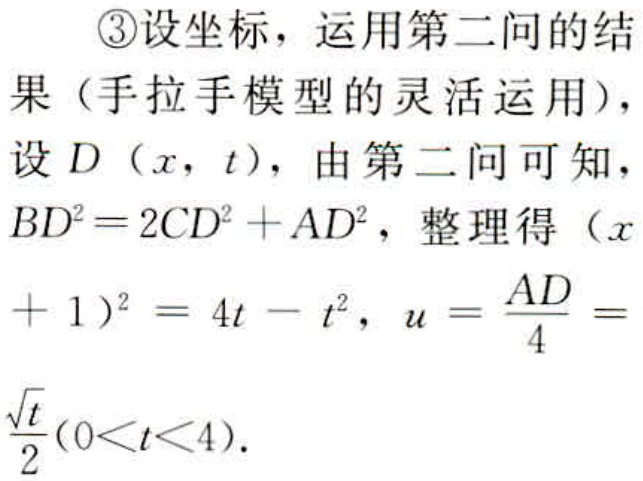
\textcircled{3}设坐标，运用第二问的结果（手拉手模型的灵活运用），设\(D（x，t）\)，由第二问可知，\(BD^{2}=2CD^{2}+AD^{2}\)，整理得\((x + 1)^{2}=4t - t^{2}\)，\(u = \frac{AD}{4}= \frac{\sqrt{t}}{2}(0<t<4)\)。